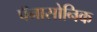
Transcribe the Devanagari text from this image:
पॅनासोनिक